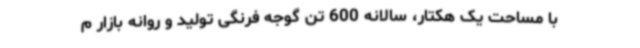
با مساحت یک هکتار، سالانه 600 تن گوجه فرنگی تولید و روانه بازار م